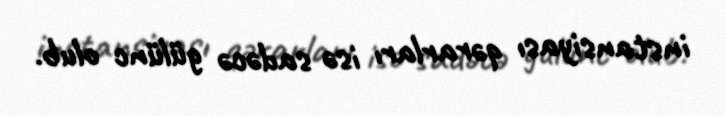
instansiyası qərarları isə sadəcə gülünc olub.